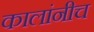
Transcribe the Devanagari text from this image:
कालांनीच